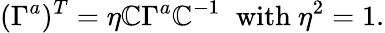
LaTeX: (\Gamma^{a})^{T}=\eta\mathbb{C}\Gamma^{a}\mathbb{C}^{-1}\; \; \mathrm{{with}}\ \eta^{2}=1.